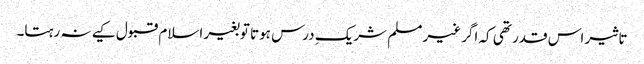
تاثیر اس قدر تھی کہ اگر غیر مسلم شریکِ درس ہوتا توبغیر اسلام قبول کیے نہ رہتا۔